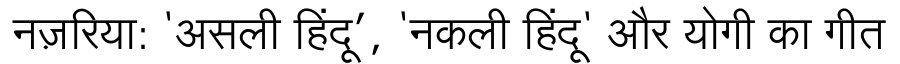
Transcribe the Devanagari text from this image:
नज़रिया: 'असली हिंदू’, 'नकली हिंदू' और योगी का गीत